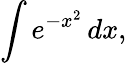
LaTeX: \int e^{-x^{2}}\, dx,